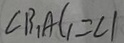
\angle B _ { 1 } A C _ { 1 } = \angle 1